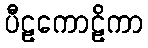
ပီဠကောဠိကာ